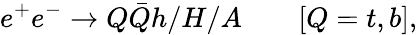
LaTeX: e^{+}e^{-}\to Q\bar{Q}h/H/A\qquad[Q=t,b],